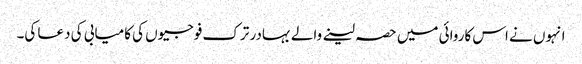
انہوں نے اس کاروائی میں حصہ لینے والے بہادر ترک فوجیوں کی کامیابی کی دعا کی۔